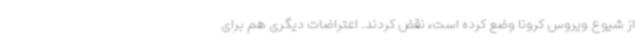
از شیوع ویروس کرونا وضع کرده است، نقض کردند. اعتراضات دیگری هم برای